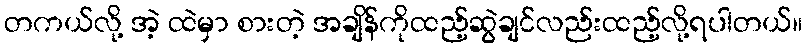
တကယ်လို့ အဲ့ ထဲမှာ စားတဲ့ အချိန်ကိုထည့်ဆွဲချင်လည်းထည့်လို့ရပါတယ်။